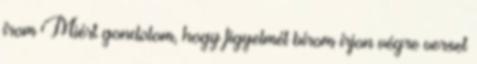
írom Miért gondolom, hogy figyelmét bírom írjon végre verset